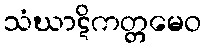
သံဃာဋိကတ္တမေဝ